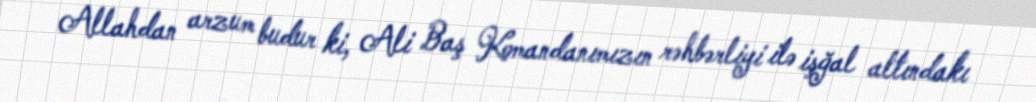
Allahdan arzum budur ki, Ali Baş Komandanımızın rəhbərliyi ilə işğal altındakı